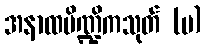
အနာထပိဏ္ဍိကသုတ် (ပ)